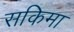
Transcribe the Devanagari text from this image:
सकिमा